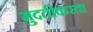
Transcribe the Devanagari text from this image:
मुदतीकरता